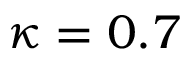
\kappa = 0 . 7